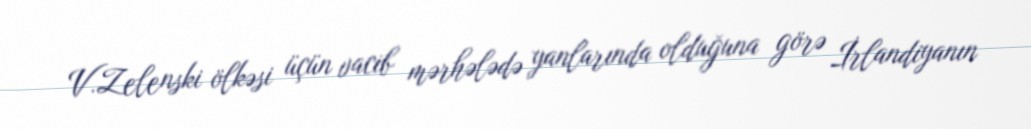
V.Zelenski ölkəsi üçün vacib mərhələdə yanlarında olduğuna görə İrlandiyanın